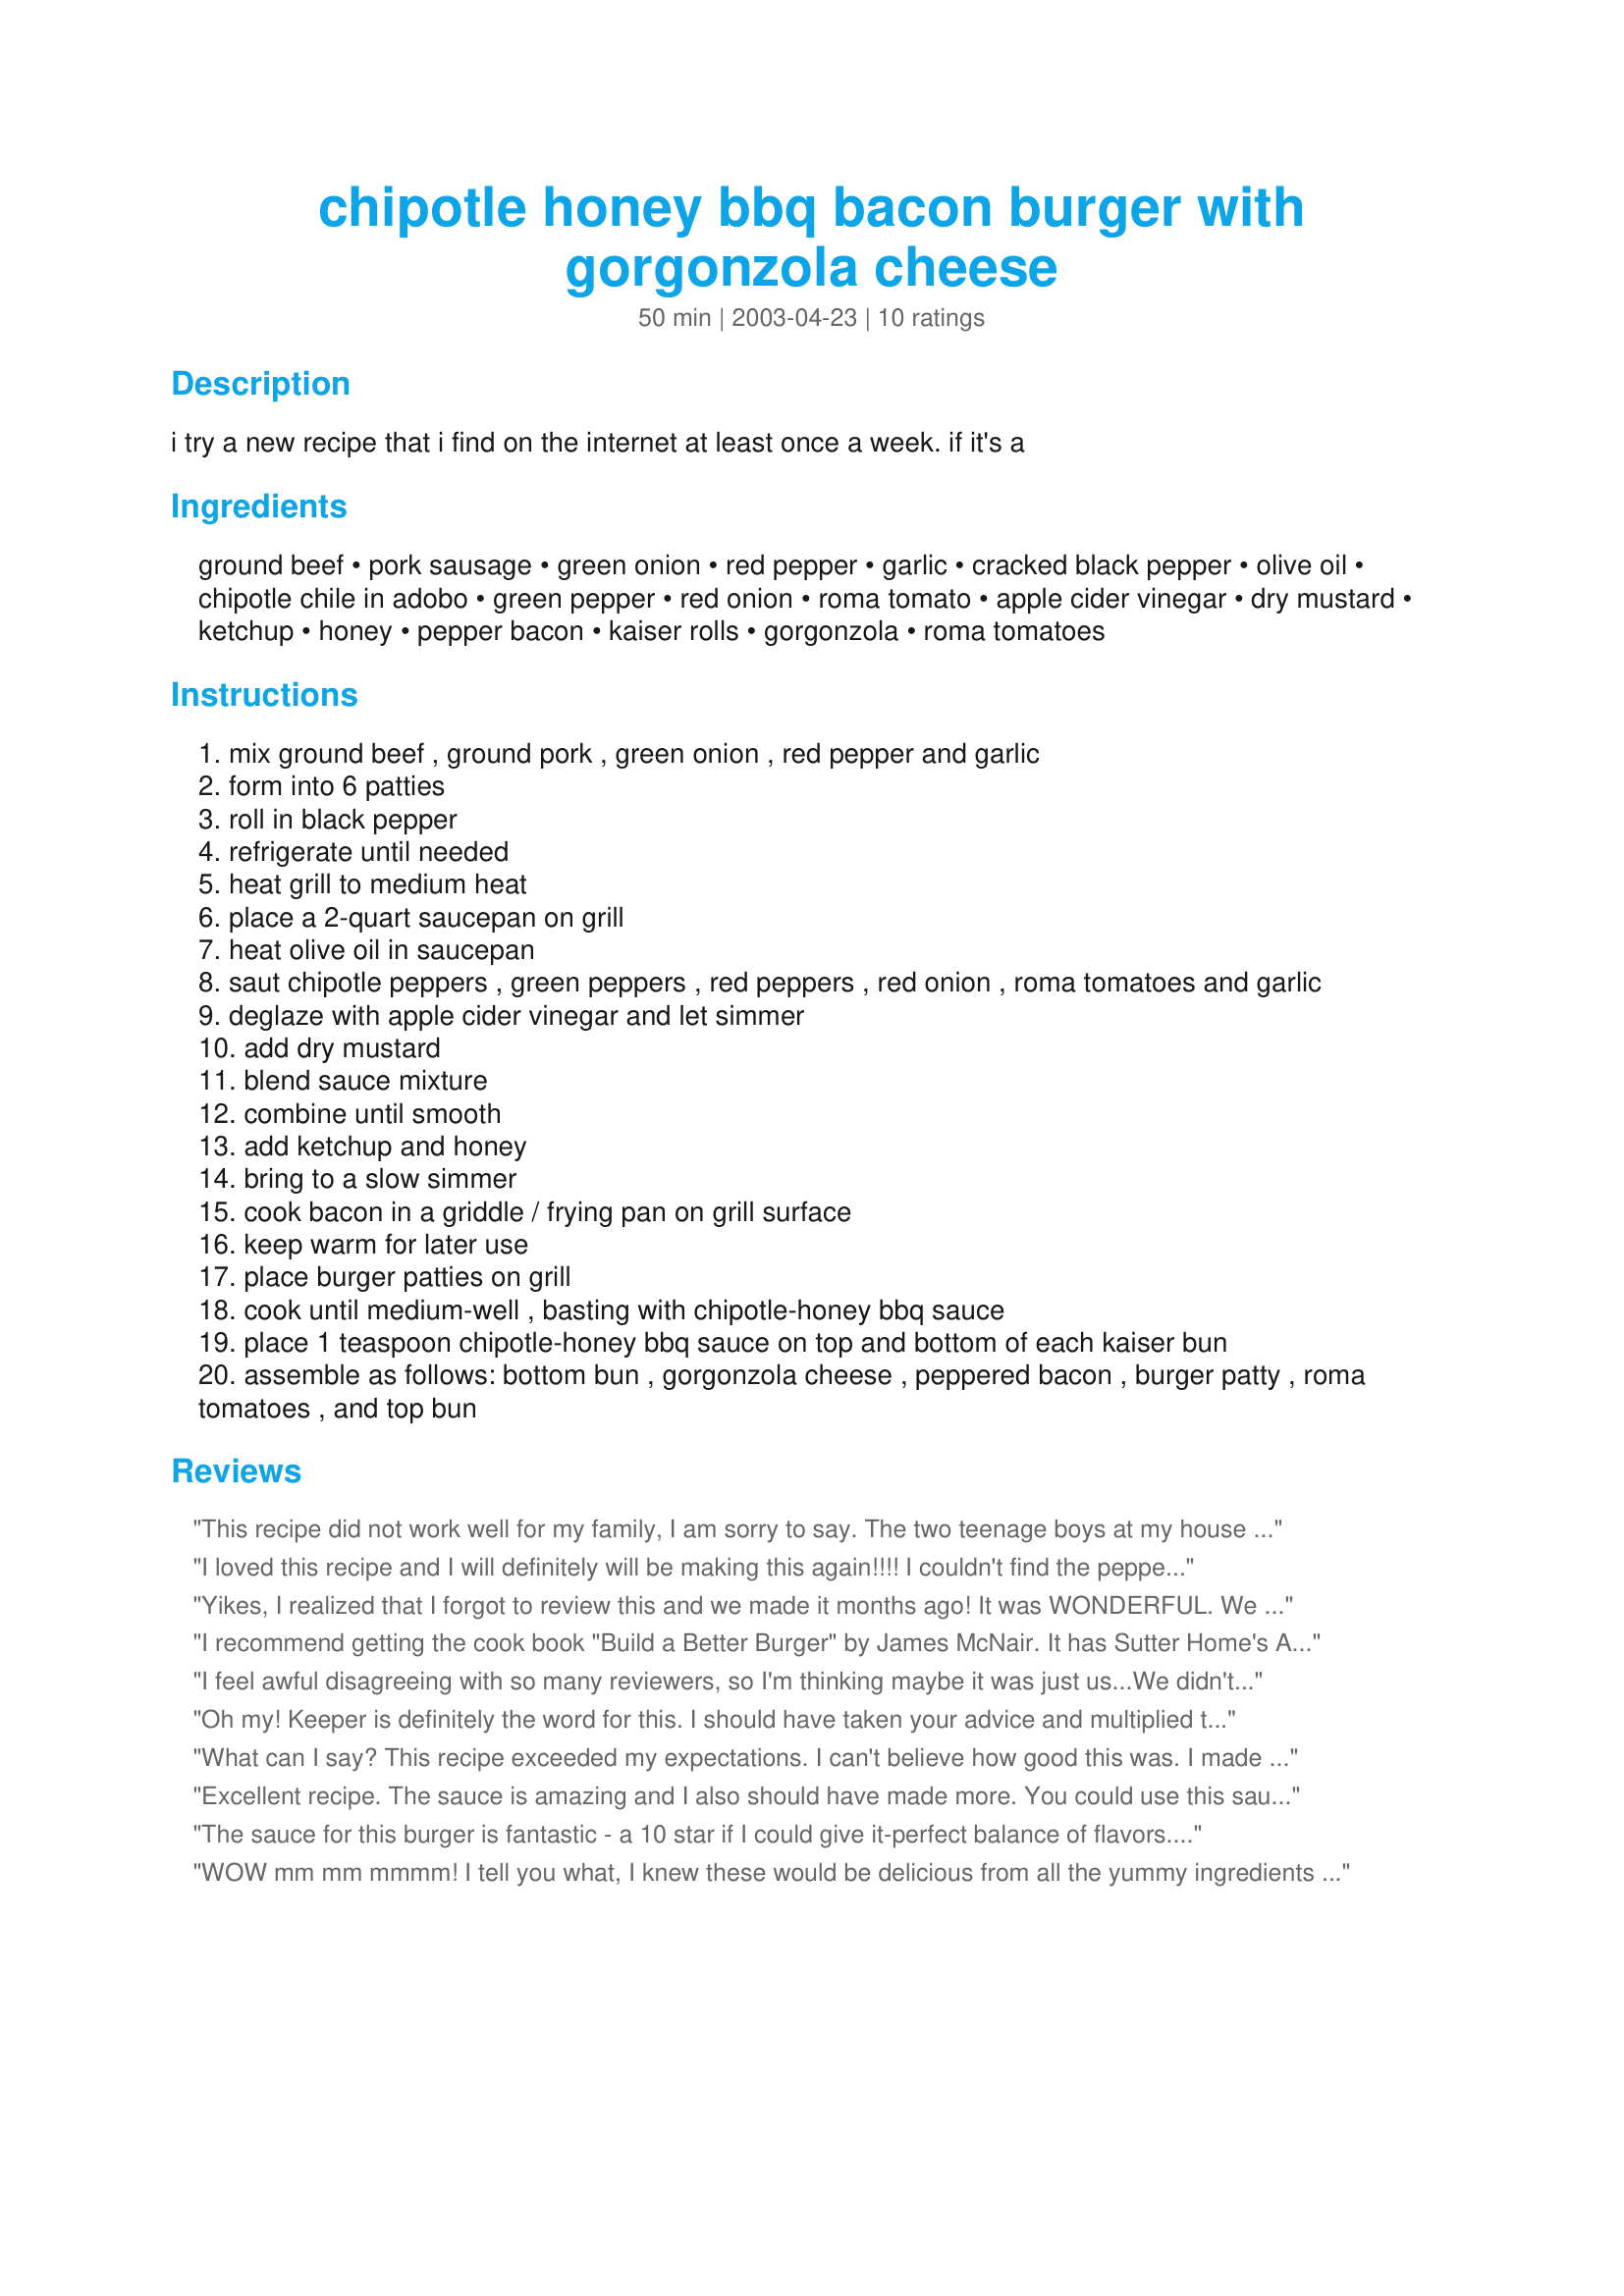
chipotle honey bbq bacon burger with gorgonzola cheese
Preparation time: 50 minutes

i try a new recipe that i find on the internet at least once a week. if it's a

Ingredients:
ground beef, pork sausage, green onion, red pepper, garlic, cracked black pepper, olive oil, chipotle chile in adobo, green pepper, red onion, roma tomato, apple cider vinegar, dry mustard, ketchup, honey, pepper bacon, kaiser rolls, gorgonzola, roma tomatoes

Steps:
mix ground beef , ground pork , green onion , red pepper and garlic
form into 6 patties
roll in black pepper
refrigerate until needed
heat grill to medium heat
place a 2-quart saucepan on grill
heat olive oil in saucepan
saut chipotle peppers , green peppers , red peppers , red onion , roma tomatoes and garlic
deglaze with apple cider vinegar and let simmer
add dry mustard
blend sauce mixture
combine until smooth
add ketchup and honey
bring to a slow simmer
cook bacon in a griddle / frying pan on grill surface
keep warm for later use
place burger patties on grill
cook until medium-well , basting with chipotle-honey bbq sauce
place 1 teaspoon chipotle-honey bbq sauce on top and bottom of each kaiser bun
assemble as follows: bottom bun , gorgonzola cheese , peppered bacon , burger patty , roma tomatoes , and top bun

Reviews:
This recipe did not work well for my family, I am sorry to say. The two teenage boys at my house only ate part of their hamburgers. They said they felt like they were eating meatloaf - not hamburgers. DH liked his okay. I enjoyed mine more as a leftover the next day with miracle whip, mustard and ketchup on it. We poured out the rest of the sauce instead of doubling it :(
I loved this recipe and I will definitely will be making this again!!!! I couldn't find the peppers anywhere and our store didn't have Gorgonzola so I substituted blue cheese instead and it still turned out great. Thanks for posting Claudia Dawn
Yikes, I realized that I forgot to review this and we made it months ago! It was WONDERFUL. We made the burgers "as is" for guests and everyone love them. I did use peppered, thick sliced bacon and layered exactly as stated. YUM! The burgers stand alone and need nothing else added to them. I doubled the sauce and froze the leftovers which we are using to make the recipe again tomorrow for a new set of guests. I am going to try the burger part of it this time with ground Italian sausage rather than plain - I think the added seasonings will be good with the mix.
I recommend getting the cook book "Build a Better Burger" by James McNair. It has Sutter Home's Annual "America's Best Burger" winners dating back to 1990 - about 70 recipes total. I've tried 8 recipes so far and each one has been so unique and undenialbly OUTSTANDING! Your grill is begging you! Enjoy!
I feel awful disagreeing with so many reviewers, so I'm thinking maybe it was just us...We didn't like this recipe at all. It was a lot of work and took a lot of ingredients and was WAY too vinegary for our tastes. The other ingredients in the sauce and burger were great--I felt like the vinegar really ruined it for us--that's all we could taste or smell. If you don't mind lots of vinegar, you'd probably like this recipe.
Oh my! Keeper is definitely the word for this. I should have taken your advice and multiplied this recipe because I will definitely be making this again. I omitted the bacon because dh has to be careful of his cholesterol but I would imagine that it would be even better with it. So glad you posted it in that thread. If this is an example of your recipes I need to go look at the rest of them. Thanks for posting!
What can I say? This recipe exceeded my expectations. I 
can't believe how good this was.
I made it exactly like the recipe stated and even if it took some
time it was well worth it. Thanks
Claudia Dawn for sharing!
Excellent recipe. The sauce is amazing and I also should have made more. You could use this sauce hot or cold on lots of different things. The flavour combinations of the cheese, roma tomatoes, bacon and meat patties match so well together. An easy recipe to put together in the morning ready for cooking at night. Thanks for a recipe that I will use often.
The sauce for this burger is fantastic - a 10 star if I could give it-perfect balance of flavors. I wish I had made the full recipe but I cut it back for just two burgers. I would love to simmer meatballs in this sauce. I found the Grogonzola lost and a bit sharp with the sauce. It was still a wonderful burger that I enjoyed but next time I make it I will use Neerdammer or Edam cheese. I took a shortcut with the sauce - I put all the ingredients in a pot, heated it to boiling and simmered covered for 10 minutes, uncovered for a further 5 - lovely texture. Thanks for posting this wonderfujl recipe Claudia
WOW mm mm mmmm! I tell you what, I knew these would be delicious from all the yummy ingredients in them. The sauce gave the burgers a great added flavor and tangy-ness. My bf wasn't for sure about putting the sauce on his burger (he's plain). But after he tried it he really like the sauce on them. Since it was just him and myself, I formed all the meat into patties and froze the rest, including the left over sauce we had, for next time! I have never had gorgonzola cheese on a burger but it sure was delicious! I made exactly as stated except added a little mayo, red onion, and lettuce on the burger! This is a great recipe when your wanting something different than the ordinary burger! SOOO GOOD!
